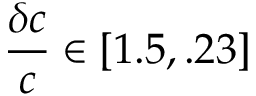
\frac { \delta c } { c } \in [ 1 . 5 , . 2 3 ]